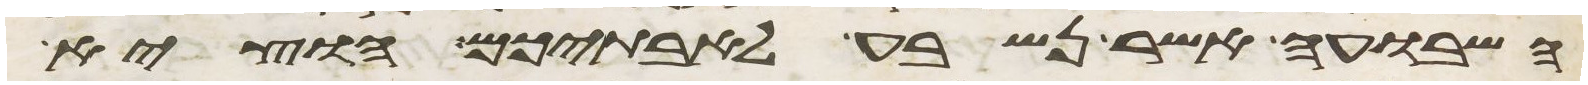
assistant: השבועה אשר נשבע לאבתיכם הוציא